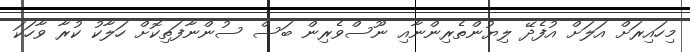
މިހައިރަށް އަލަށް އުފެދޭ ލިޔުންތެރިންނާއި ނޫސްވެރިން ބަސް ސުންނާފަތިކޮށް ހަލާކު ކުރާ ވާހަކަ